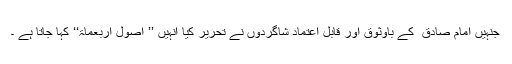
جنہیں امام صادق ؑ کے باوثوق اور قابل اعتماد شاگردوں نے تحریر کیا انہیں ’’ اصول اربعماۃ‘‘ کہا جاتا ہے ۔